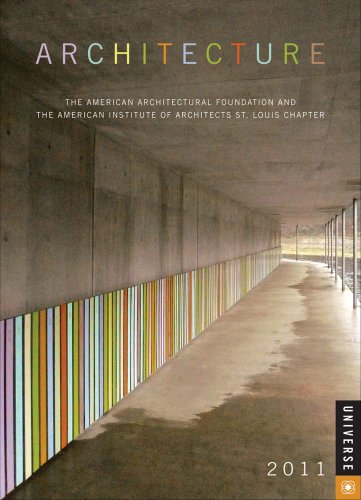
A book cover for Architecture: 2011 Engagement Calendar; American Architectural Foundation; Calendars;